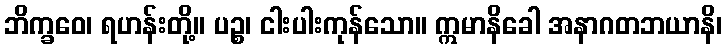
ဘိက္ခဝေ၊ ရဟန်းတို့။ ပဉ္စ၊ ငါးပါးကုန်သော။ ဣမာနိခေါ အနာဂတဘယာနိ၊